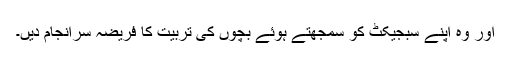
اور وہ اپنے سبجیکٹ کو سمجھتے ہوئے بچوں کی تربیت کا فریضہ سرانجام دیں۔